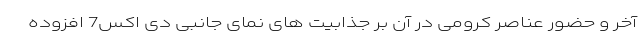
آخر و حضور عناصر کرومی در آن بر جذابیت های نمای جانبی دی اکس7 افزوده